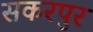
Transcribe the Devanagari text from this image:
सकरपुर